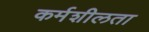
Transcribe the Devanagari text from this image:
कर्मशीलता